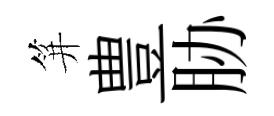
笄豊胁